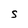
Character: S